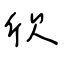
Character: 欣